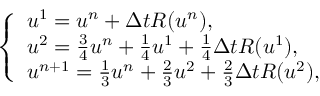
\left\{ \begin{array} { l l } { u ^ { 1 } = u ^ { n } + \Delta t R ( u ^ { n } ) , } \\ { u ^ { 2 } = \frac { 3 } { 4 } u ^ { n } + \frac { 1 } { 4 } u ^ { 1 } + \frac { 1 } { 4 } \Delta t R ( u ^ { 1 } ) , } \\ { u ^ { n + 1 } = \frac { 1 } { 3 } u ^ { n } + \frac { 2 } { 3 } u ^ { 2 } + \frac { 2 } { 3 } \Delta t R ( u ^ { 2 } ) , } \end{array} \right.